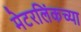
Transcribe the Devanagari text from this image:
मेटरलिंकच्या